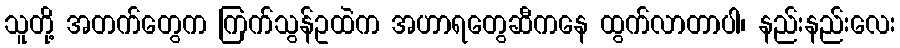
သူတို့ အတက်တွေက ကြက်သွန်ဥထဲက အဟာရတွေဆီကနေ ထွက်လာတာပါ၊ နည်းနည်းလေး